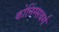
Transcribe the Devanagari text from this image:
कोनिंग्सबर्ग